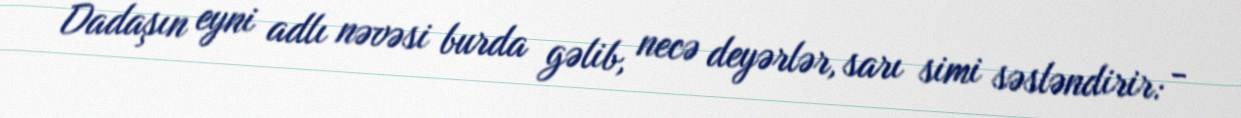
Dadaşın eyni adlı nəvəsi burda gəlib, necə deyərlər, sarı simi səsləndirir: -